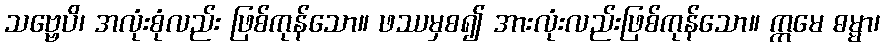
သဗ္ဗေပိ၊ အလုံးစုံလည်း ဖြစ်ကုန်သော။ ဖဿမှစ၍ အားလုံးလည်းဖြစ်ကုန်သော။ ဣမေ ဓမ္မာ၊